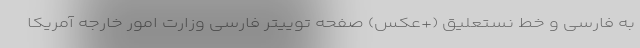
به فارسی و خط نستعلیق (+عکس) صفحه توییتر فارسی وزارت امور خارجه آمریکا